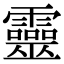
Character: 靈